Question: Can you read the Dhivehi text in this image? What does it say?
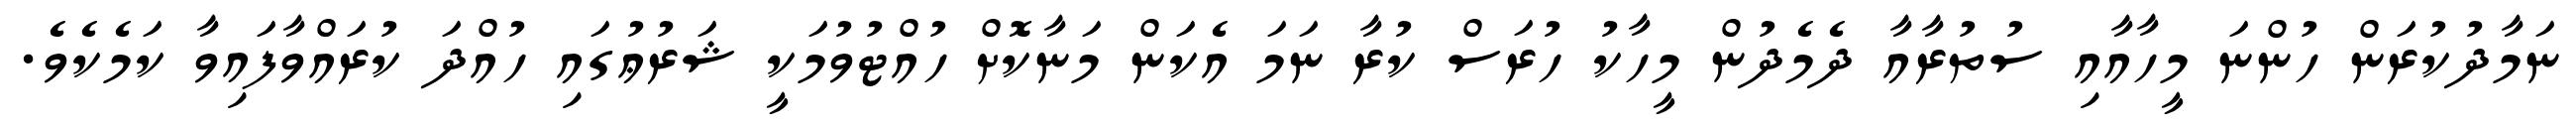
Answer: ނަމާދުކުރަން ހުންނަ މީހާއާއި ސުތުރާއާ ދެމެދުން މީހާކު ހުރަސް ކުރާ ނަމަ އެކަން މަނާކޮށް ހުއްޓުވުމަކީ ޝަރުޢުގައި ހުއްދަ ކުރައްވާފައިވާ ކަމެކެވެ.